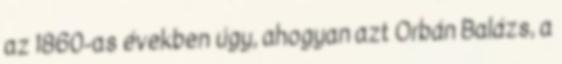
az 1860-as években úgy, ahogyan azt Orbán Balázs, a